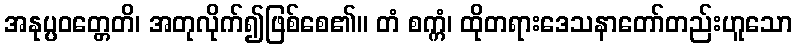
အနုပ္ပဝတ္တေတိ၊ အတုလိုက်၍ဖြစ်စေ၏။ တံ စက္ကံ၊ ထိုတရားဒေသနာတော်တည်းဟူသော